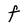
Character: f